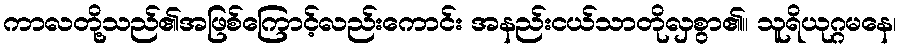
ကာလတို့သည်၏အဖြစ်ကြောင့်လည်းကောင်း အနည်းငယ်သာတိုလှစွာ၏။ သူရိယုဂ္ဂမနေ၊